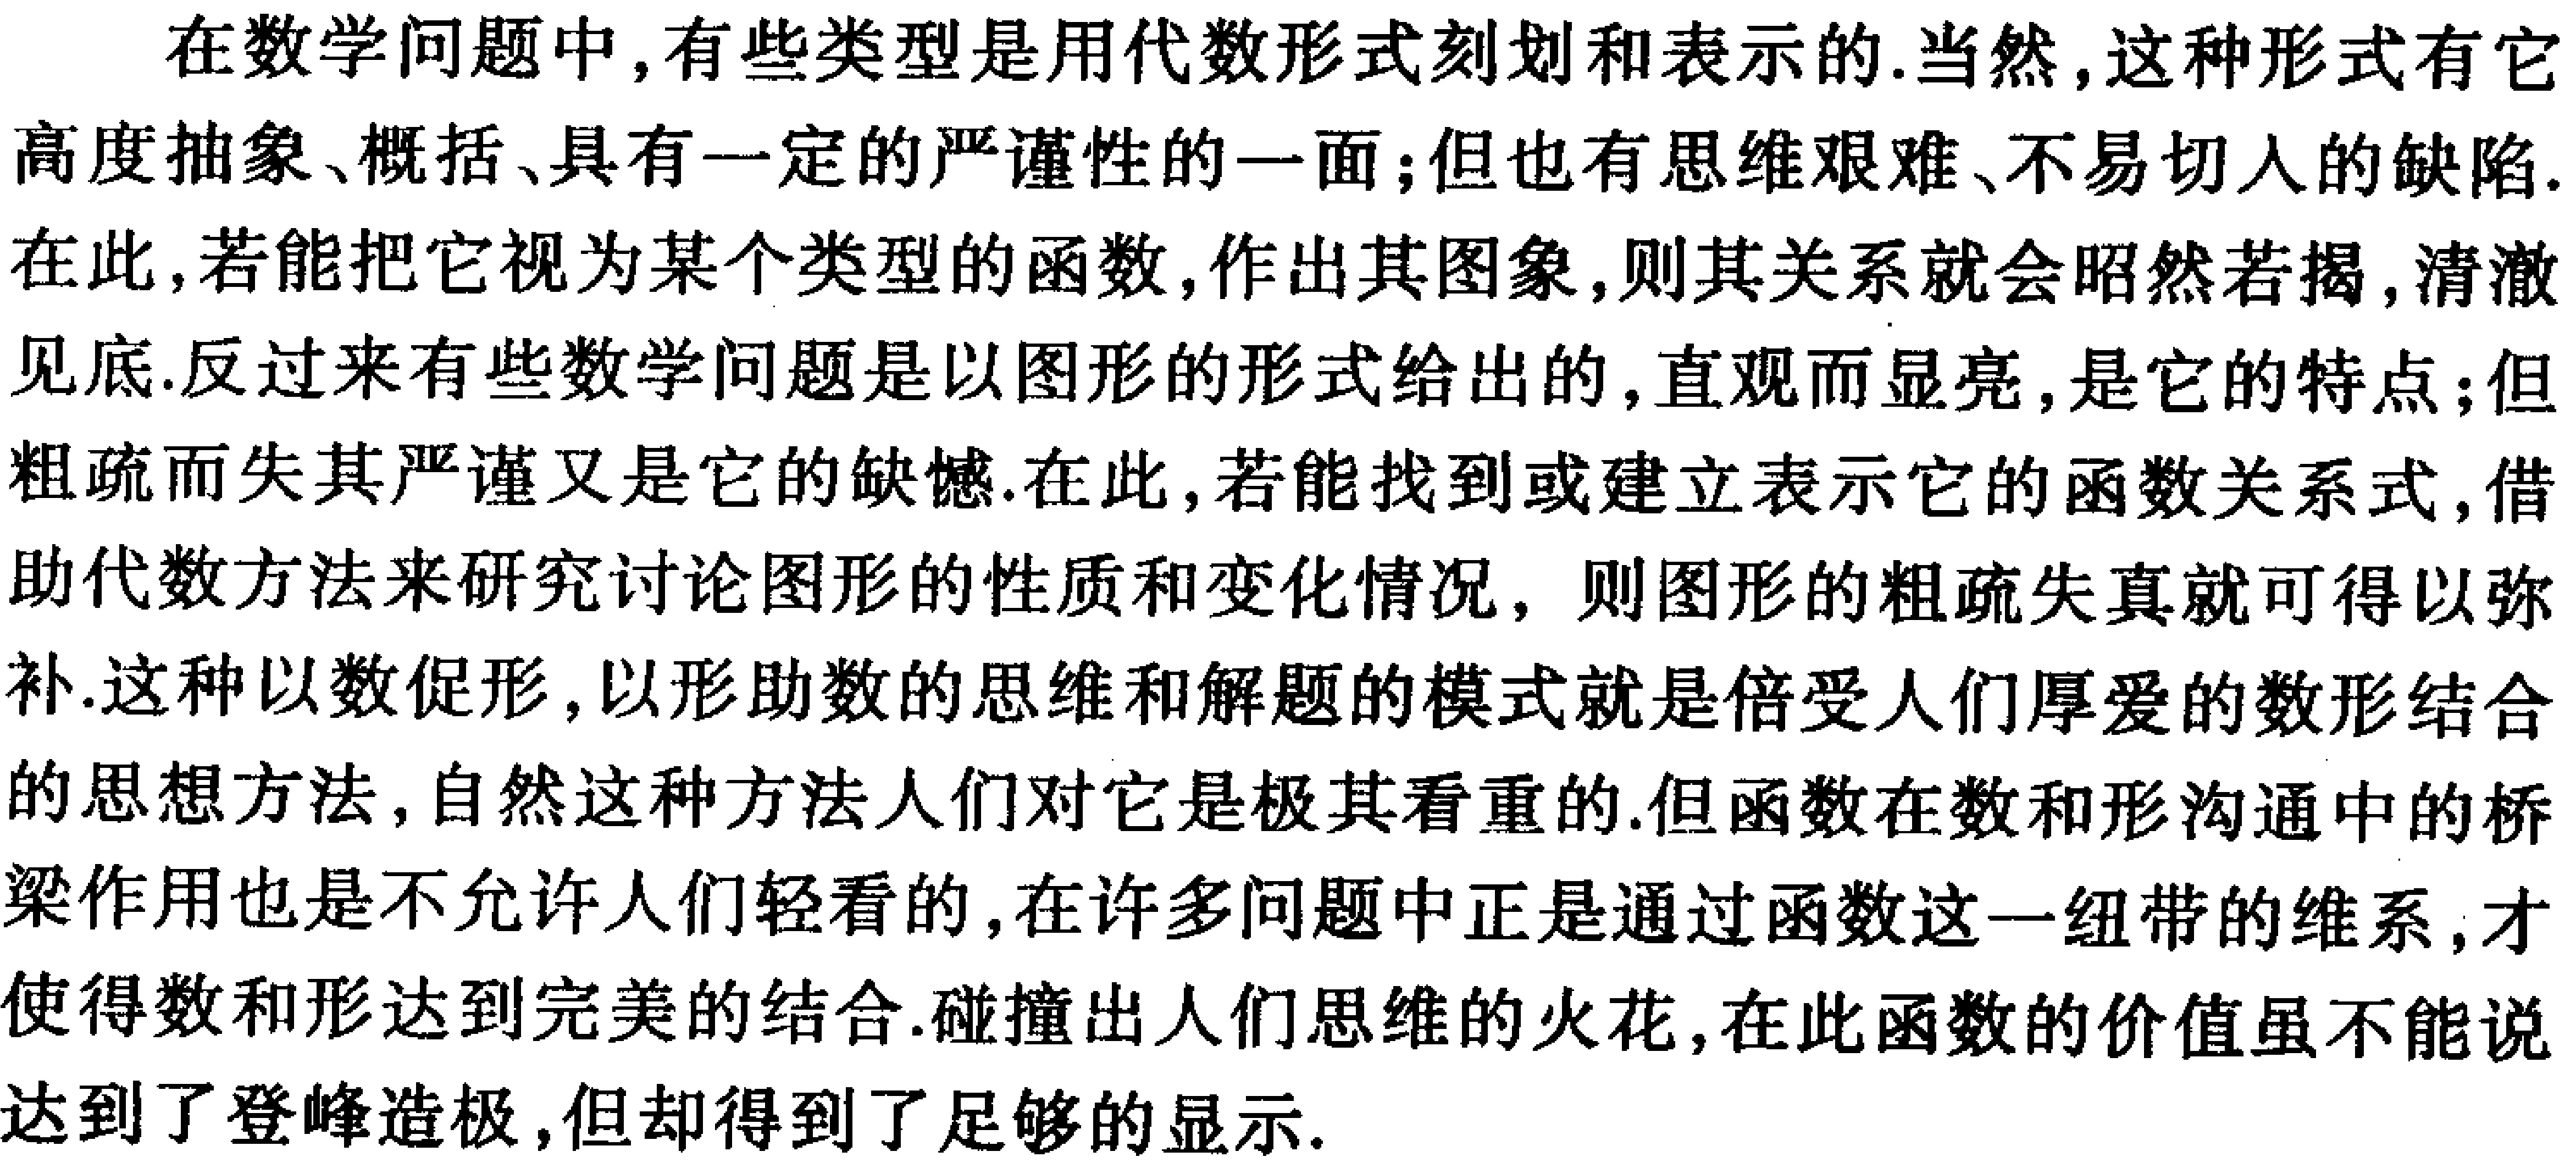
在数学问题中,有些类型是用代数形式刻划和表示的.当然,这种形式有它高度抽象、概括、具有一定的严谨性的一面;但也有思维艰难、不易切入的缺陷.在此,若能把它视为某个类型的函数,作出其图象,则其关系就会昭然若揭,清澈见底.反过来有些数学问题是以图形的形式给出的,直观而显亮,是它的特点;但粗疏而失其严谨又是它的缺憾.在此,若能找到或建立表示它的函数关系式,借助代数方法来研究讨论图形的性质和变化情况, 则图形的粗疏失真就可得以弥补.这种以数促形,以形助数的思维和解题的模式就是倍受人们厚爱的数形结合的思想方法,自然这种方法人们对它是极其看重的.但函数在数和形沟通中的桥梁作用也是不允许人们轻看的,在许多问题中正是通过函数这一纽带的维系,才使得数和形达到完美的结合.碰撞出人们思维的火花,在此函数的价值虽不能说达到了登峰造极,但却得到了足够的显示.